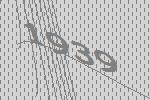
1939